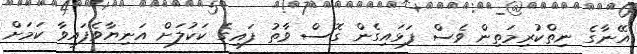
އޭނާގެ ނިތްކުރިމަތިން ވެސް ފަޅައިގެން ގޮސް ވާތު ފައިގެ ކަކުލަށް އަނިޔާވެފައިވާ ކަމަށް